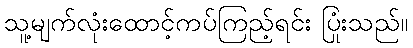
သူ့မျက်လုံးထောင့်ကပ်ကြည့်ရင်း ပြုံးသည်။